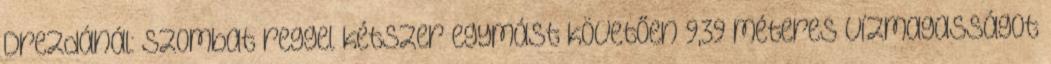
Drezdánál: szombat reggel kétszer egymást követően 9,39 méteres vízmagasságot